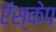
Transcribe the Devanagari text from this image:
ऍस्केप